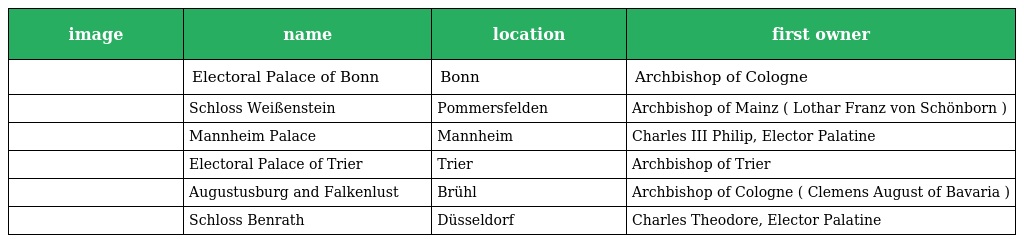
| image | name | location | first owner |
 | --- | --- | --- | --- |
 |  | Electoral Palace of Bonn | Bonn | Archbishop of Cologne |
 |  | Schloss Weißenstein | Pommersfelden | Archbishop of Mainz ( Lothar Franz von Schönborn ) |
 |  | Mannheim Palace | Mannheim | Charles III Philip, Elector Palatine |
 |  | Electoral Palace of Trier | Trier | Archbishop of Trier |
 |  | Augustusburg and Falkenlust | Brühl | Archbishop of Cologne ( Clemens August of Bavaria ) |
 |  | Schloss Benrath | Düsseldorf | Charles Theodore, Elector Palatine |